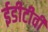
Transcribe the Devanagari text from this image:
ईडीटीवी